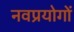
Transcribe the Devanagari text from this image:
नवप्रयोगों